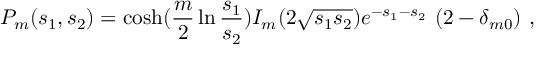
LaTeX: P _ { m } ( s _ { 1 } , s _ { 2 } ) = \cosh ( { \frac { m } { 2 } } \ln { \frac { s _ { 1 } } { s _ { 2 } } } ) I _ { m } ( 2 \sqrt { s _ { 1 } s _ { 2 } } ) e ^ { - s _ { 1 } - s _ { 2 } } \ ( 2 - \delta _ { m 0 } ) \ ,